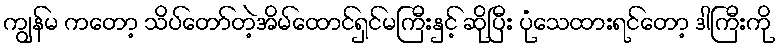
ကျွန်မ ကတော့ သိပ်တော်တဲ့အိမ်ထောင်ရှင်မကြီးနှင့် ဆိုပြီး ပုံသေထားရင်တော့ ဒါကြီးကို